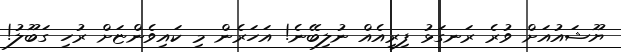
ޔޫޝައުއަށް ވުރެ ރަނގަޅު ފިރިއެއް ނުލިބޭނެ! އަހަރެން މި ކައިވެންޏަށް ރުހި ގަބޫލު!